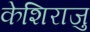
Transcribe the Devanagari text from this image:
केशिराजु